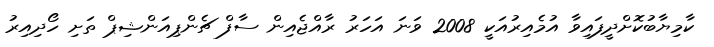
ކާމިޔާބުކޮށްދީފައިވާ އުމެއިރުއަކީ 2008 ވަނަ އަހަރު ރާއްޖެއިން ސާފް ޗެންޕިއަންޝިޕް ތަށި ހޯދިއިރު